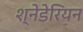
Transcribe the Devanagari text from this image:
श्नेडेरियन